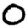
Digit: 0